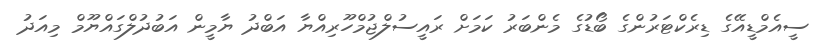
ސީއެމްޑީއޭގެ ޑިރެކްޓަރުންގެ ބޯޑުގެ މެންބަރު ކަމަށް ރައީސުލްޖުމްހޫރިއްޔާ އަބްދު ޔާމީން އަބުދުލްގައްޔޫމް މިއަދު